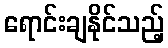
ရောင်းချနိုင်သည့်